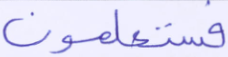
فستعلمون